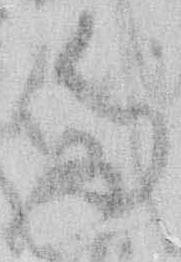
た